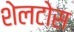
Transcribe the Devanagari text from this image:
शेलटोस